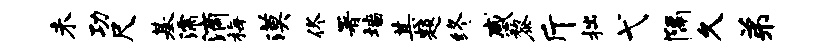
未功尺基濡滴梅漠佟署墙甚题终感黎斤拙弋隔久弟